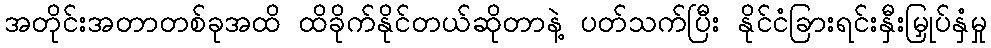
အတိုင်းအတာတစ်ခုအထိ ထိခိုက်နိုင်တယ်ဆိုတာနဲ့ ပတ်သက်ပြီး နိုင်ငံခြားရင်းနှီးမြှုပ်နှံမှု